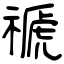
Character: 禠